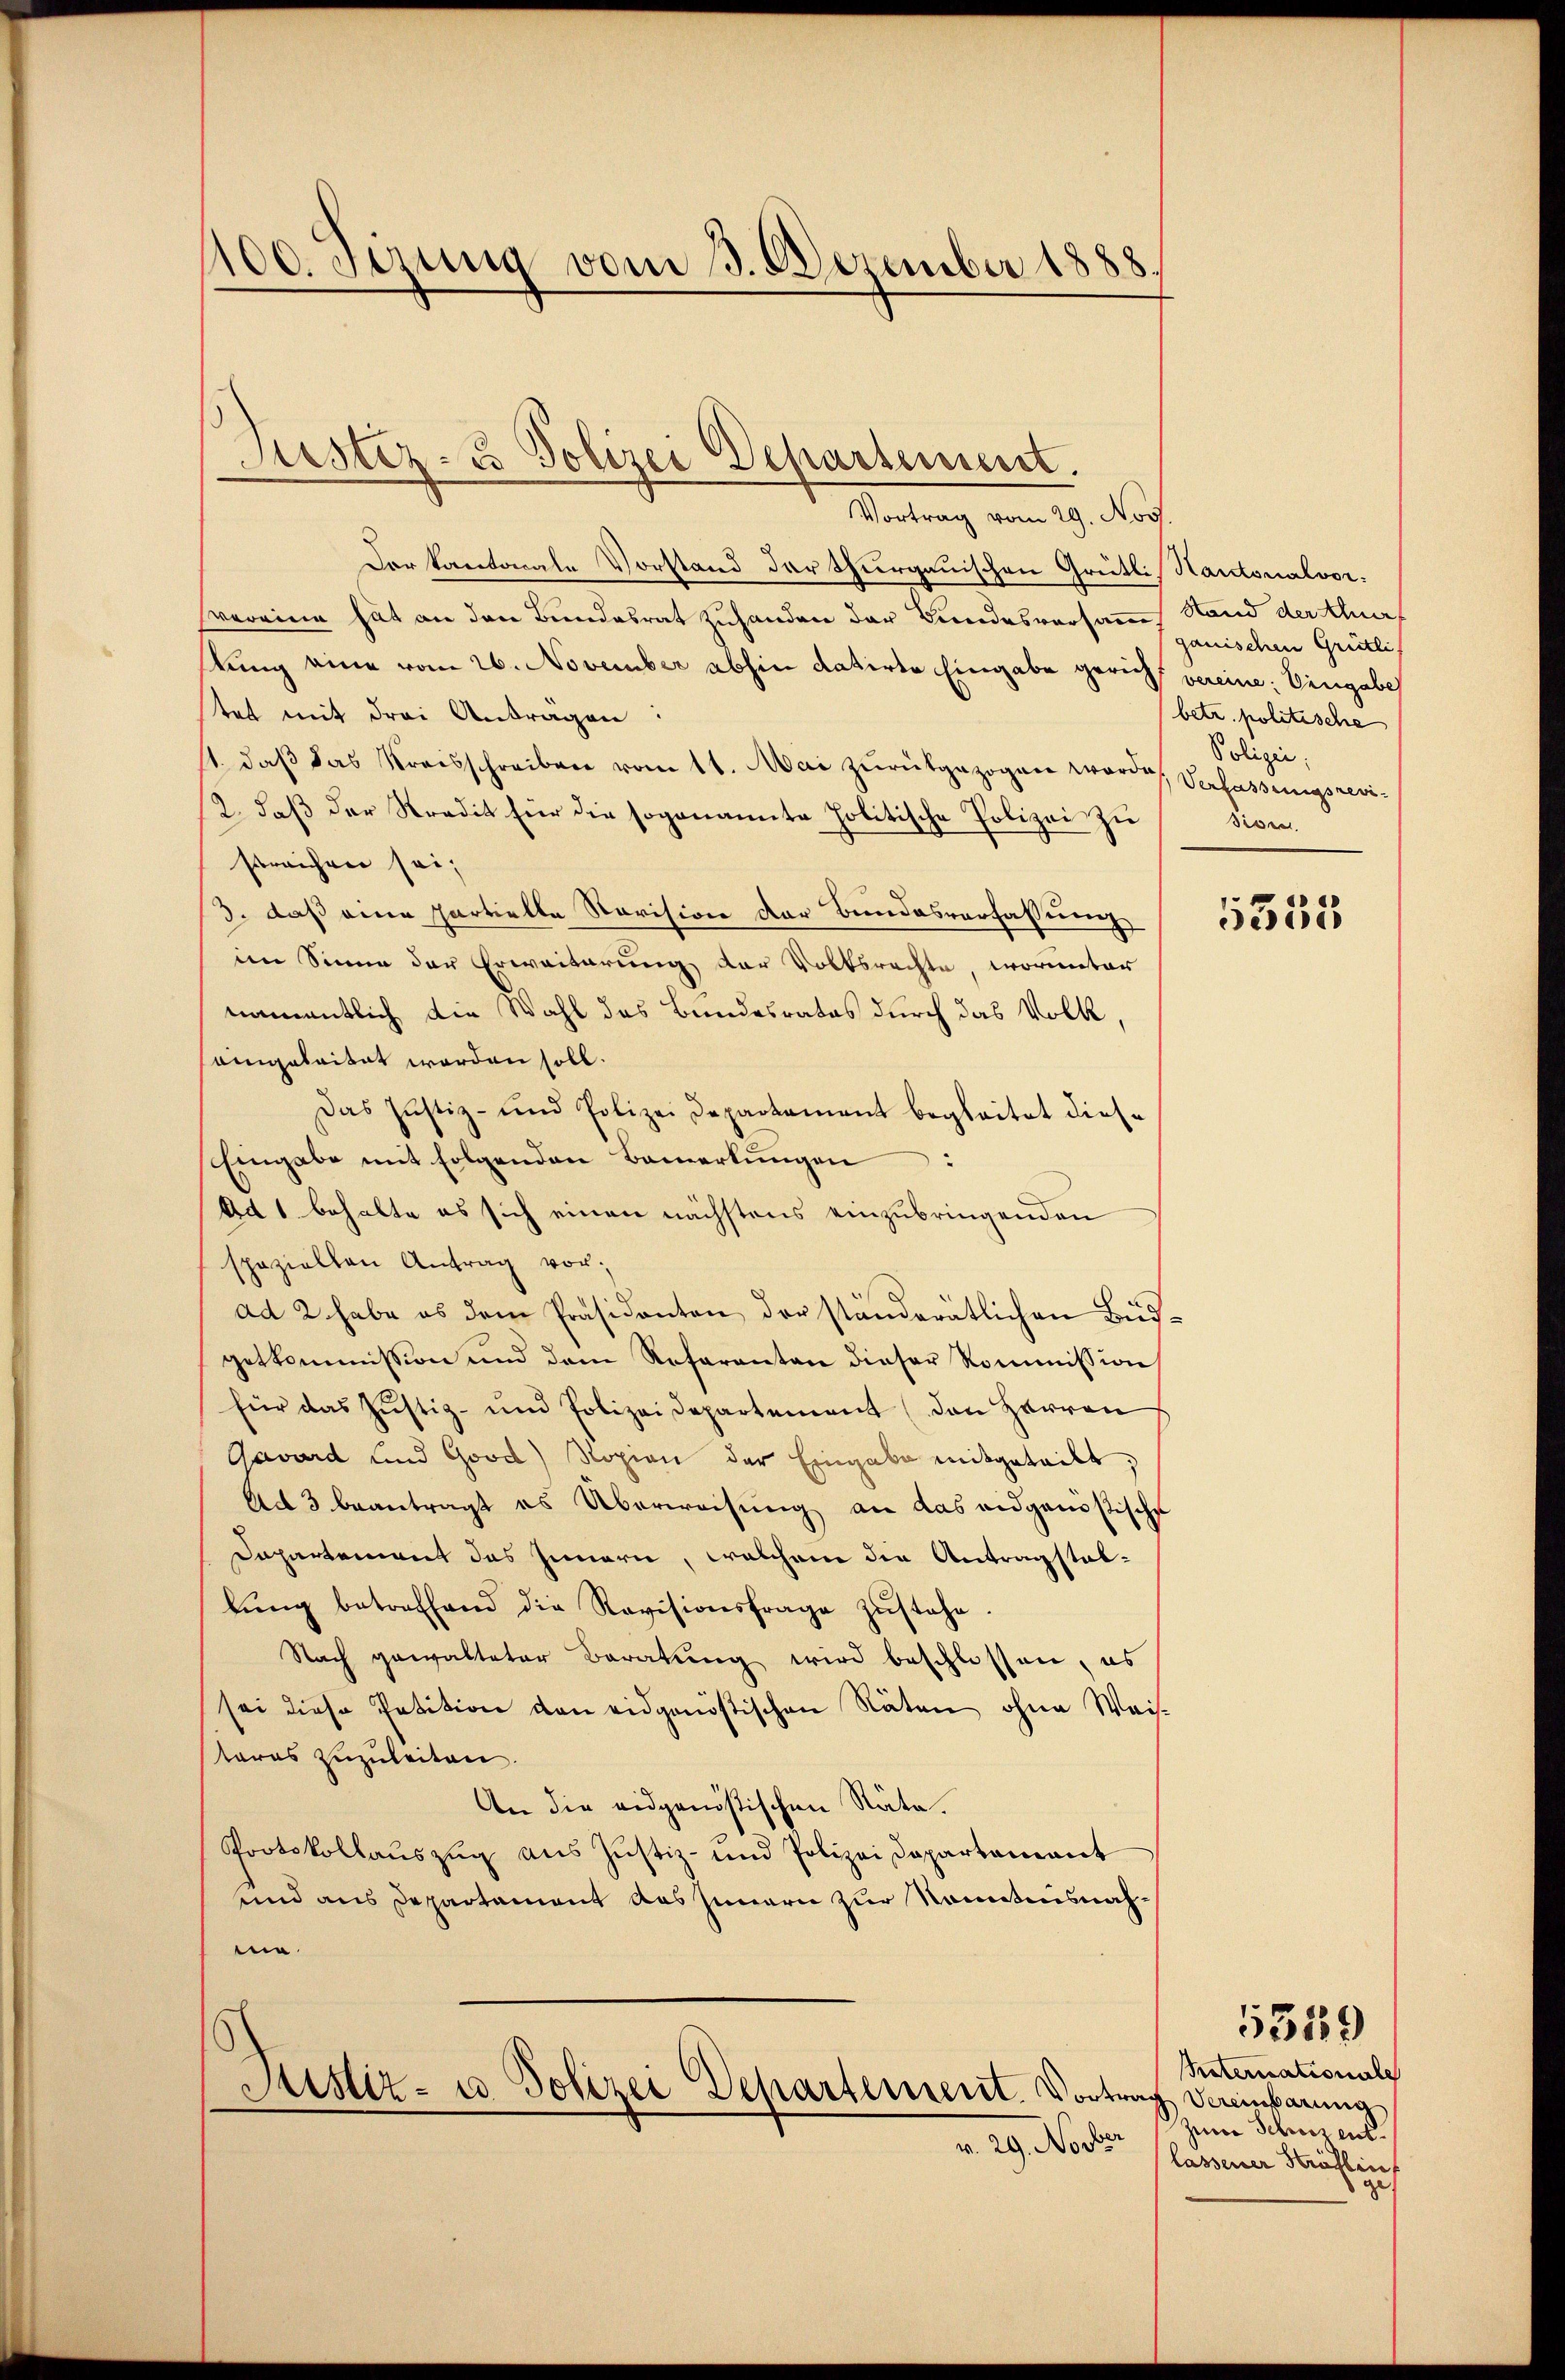
1100. verung vom 3. Dezember 1888.

Justiz- u Polizei Departement.

Vortrag vom 29. Nov
Der Kantonale Vorstand der Thurgauischen Greitli
svereine hat an den Bundesrat zuhanden der Bundesversamme
tung eine vom 26. November abhin datirte Eingabe gericht
tet mit drei Antragen:
11. daβ das Kreisschreiben vom 11. Mai zurükgezogen worde
2. daβ der Stradit für die soganannte Politische Polizei zu
streichen sei,
3. daß eine partielle Revision der Bundesverfassurenz
im Sinne der Erweiterung der Volksrechte, worunter
namentlich die Wahl das Bundesrates durch das Volk,
aingabaitat worden soll.
Das Justiz- und Polizei Departament begleitet diese
Eingabe mit folgenden Bemerkŭngen:
Ad 1 behalte es sich einen nächstens einzubringenden
spaziellen Antrag vor;
ad 2 habe es dem Präsidenten der ständerätlichen Bud
getkommission und dem Referanten dieser Kommission
für das Justiz- und Polizeidepartement (den Herren
Gavard und Good) Ropien der Eingabe mitgeteilt,
Ad 3 beantragt es Überweisung an das eidgenössische
Dapartement des Innern, welchem die Antragstatlŭng betreffend die Revisionsfrage zŭstehe.
Nach gewalteter Beratung wird beschlossen, es
sei diese Petition den eidgenößischen Räten ohne Weis-
teres zuzuleiten.
An die eidgenößischen Räte.
Protokollauszug aus Justiz- und Polizeidepartement
und aus Departament des Innern zur Kenntnisnahe.

Astiz- u Polizei Departement. Vortrag Vereinbarung
v. 29. Novber

Kantonalvor.
Stand der Schurf
ganischen Grütli
vereine: Eingabe
betr. politische
Polizei;
Verfassungsrevi-
Siben

555

Vaternationale
Zwar Schweiz ent
lassener Sträflin

5549